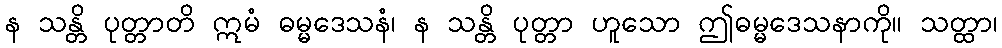
န သန္တိ ပုတ္တာတိ ဣမံ ဓမ္မဒေသနံ၊ န သန္တိ ပုတ္တာ ဟူသော ဤဓမ္မဒေသနာကို။ သတ္ထာ၊